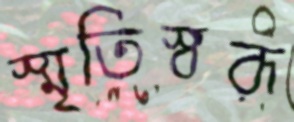
স্মৃতিস্বরূ